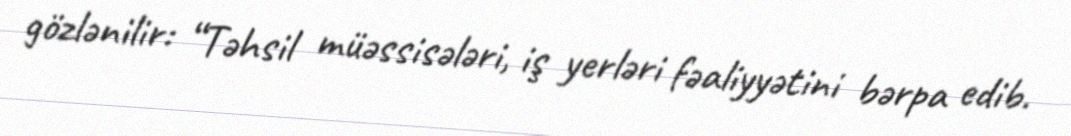
gözlənilir: “Təhsil müəssisələri, iş yerləri fəaliyyətini bərpa edib.